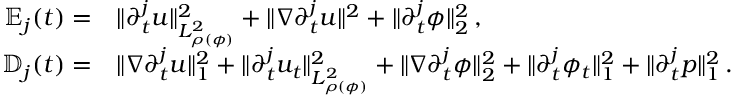
\begin{array} { r l } { \mathbb { E } _ { j } ( t ) = } & { \| \partial _ { t } ^ { j } u \| _ { L _ { \rho ( \phi ) } ^ { 2 } } ^ { 2 } + \| \nabla \partial _ { t } ^ { j } u \| ^ { 2 } + \| \partial _ { t } ^ { j } \phi \| _ { 2 } ^ { 2 } \, , } \\ { \mathbb { D } _ { j } ( t ) = } & { \| \nabla \partial _ { t } ^ { j } u \| _ { 1 } ^ { 2 } + \| \partial _ { t } ^ { j } u _ { t } \| _ { L _ { \rho ( \phi ) } ^ { 2 } } ^ { 2 } + \| \nabla \partial _ { t } ^ { j } \phi \| _ { 2 } ^ { 2 } + \| \partial _ { t } ^ { j } \phi _ { t } \| _ { 1 } ^ { 2 } + \| \partial _ { t } ^ { j } p \| _ { 1 } ^ { 2 } \, . } \end{array}